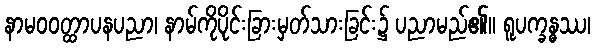
နာမဝဝတ္ထာပနပညာ၊ နာမ်ကိုပိုင်းခြားမှတ်သားခြင်း၌ ပညာမည်၏။ ရူပက္ခန္ဓဿ၊